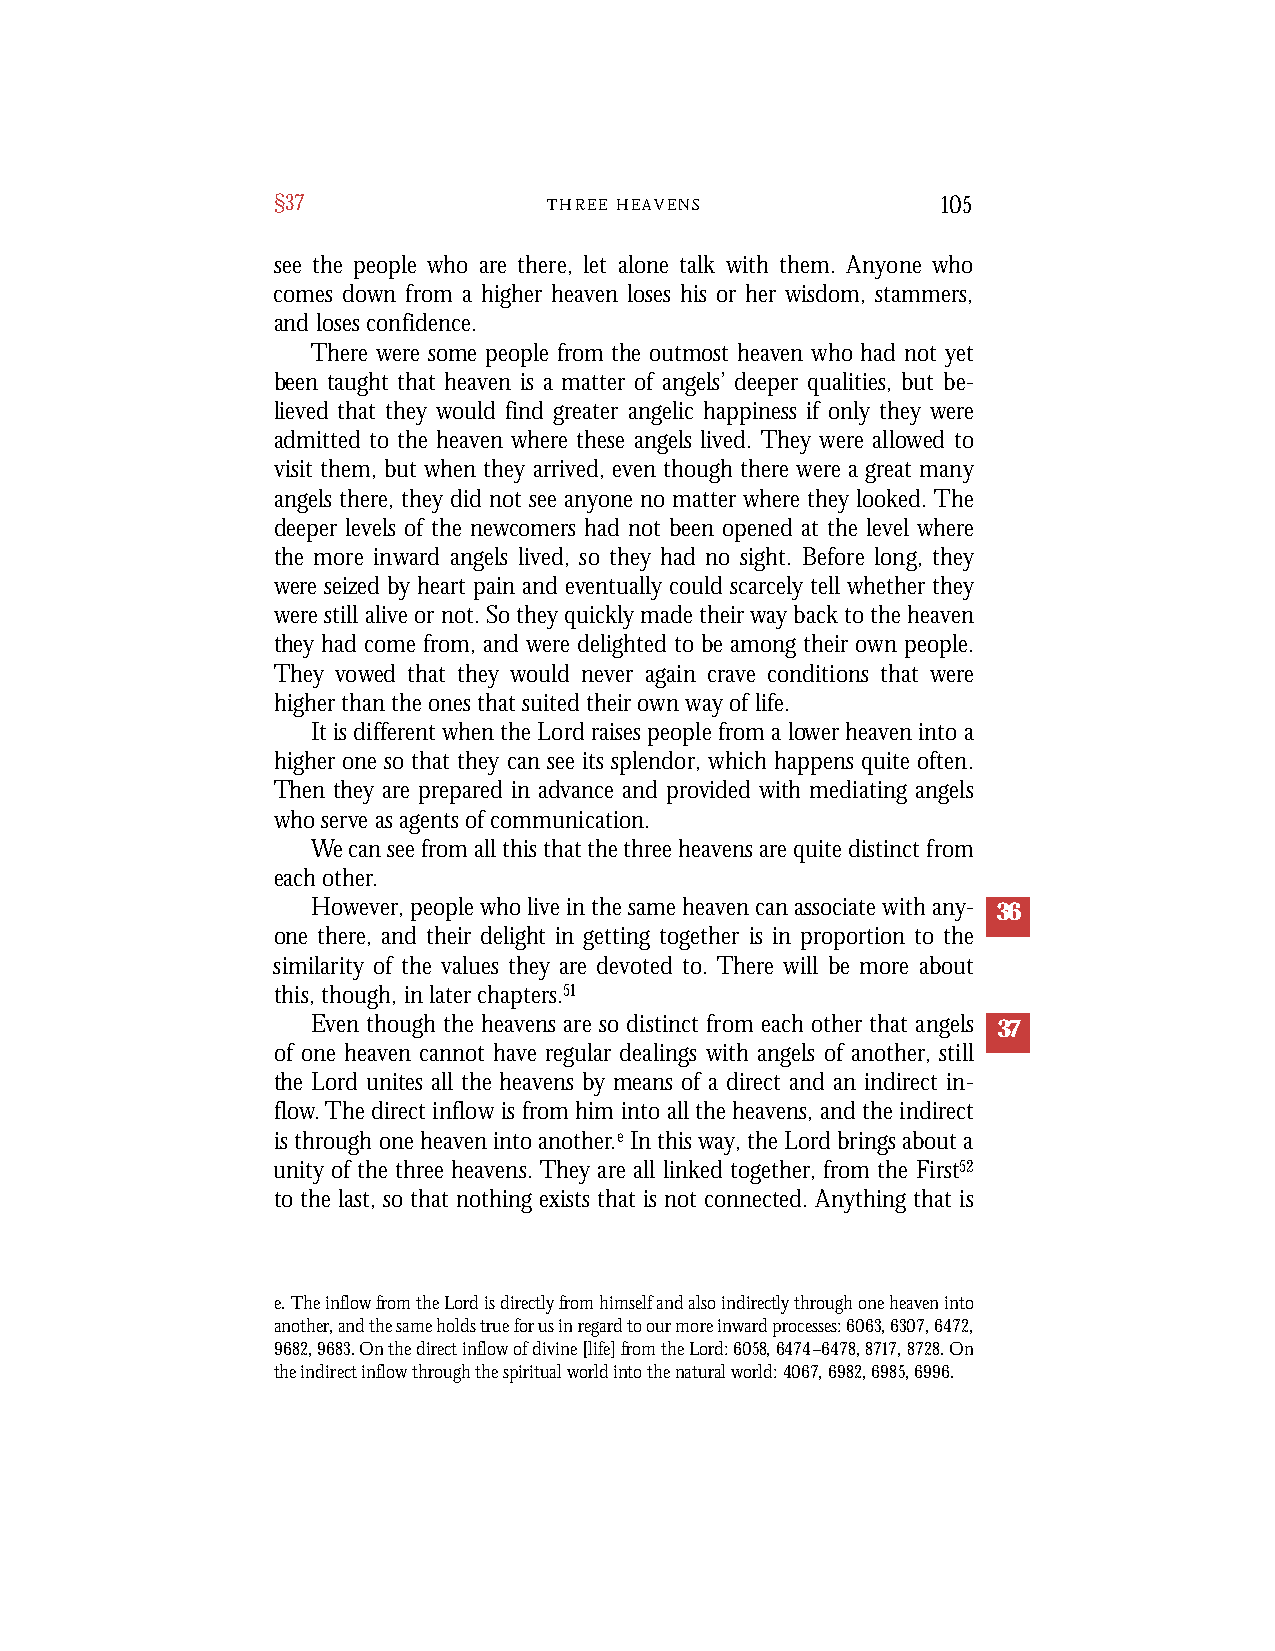
§37               T H R E E H E A V E N S   105
 see the people who are there, let alone talk with them. Anyone who
 comes down from a higher heaven loses his or her wisdom, stammers,
 and loses confidence.
 There were some people from the outmost heaven who had not yet
 been taught that heaven is a matter of angels’ deeper qualities, but be-
 lieved that they would find greater angelic happiness if only they were
 admitted to the heaven where these angels lived. They were allowed to
 visit them, but when they arrived, even though there were a great many
 angels there, they did not see anyone no matter where they looked. The
 deeper levels of the newcomers had not been opened at the level where
 the more inward angels lived, so they had no sight. Before long, they
 were seized by heart pain and eventually could scarcely tell whether they
 were still alive or not. So they quickly made their way back to the heaven
 they had come from, and were delighted to be among their own people.
 They vowed that they would never again crave conditions that were
 higher than the ones that suited their own way of life.
 It is different when the Lord raises people from a lower heaven into a
 higher one so that they can see its splendor, which happens quite often.
 Then they are prepared in advance and provided with mediating angels
 who serve as agents of communication.
 We can see from all this that the three heavens are quite distinct from
 each other.
 However, people who live in the same heaven can associate with any- 36
 one there, and their delight in getting together is in proportion to the
 similarity of the values they are devoted to. There will be more about
 this, though, in later chapters.51
 Even though the heavens are so distinct from each other that angels 37
 of one heaven cannot have regular dealings with angels of another, still
 the Lord unites all the heavens by means of a direct and an indirect in-
 flow.The direct inflow is from him into all the heavens, and the indirect
 is through one heaven into another.eIn this way, the Lord brings about a
 unity of the three heavens. They are all linked together, from the First52
 to the last, so that nothing exists that is not connected. Anything that is
 e. The inflow from the Lord is directly from himself and also indirectly through one heaven into
 another, and the same holds true for us in regard to our more inward processes: 6063,6307,6472,
 9682,9683. On the direct inflow of divine [life] from the Lord: 6058,6474–6478,8717,8728. On
 the indirect inflow through the spiritual world into the natural world: 4067, 6982, 6985, 6996.